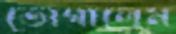
ভোগালেম